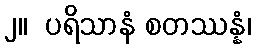
၂။  ပရိသာနံ စတဿန္နံ၊